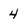
Character: 4